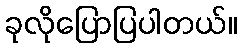
ခုလိုပြောပြပါတယ်။